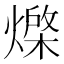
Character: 𭶇